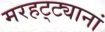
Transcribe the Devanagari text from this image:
मरहट्ट्यानां